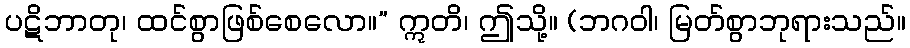
ပဋိဘာတု၊ ထင်စွာဖြစ်စေလော။” ဣတိ၊ ဤသို့။ (ဘဂဝါ၊ မြတ်စွာဘုရားသည်။